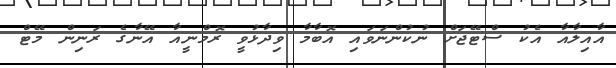
އާއިލާއާ އެކު ސްޓޭޖަށް ނުކުންނަވައި އޮބާމާ ވިދާޅުވީ ރޮމްނީއާ އޭނާގެ ރަނިން މޭޓް